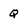
Character: Q